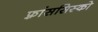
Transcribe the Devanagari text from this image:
फ़्रांससिस्को